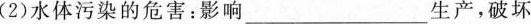
(2)水体污染的危害：影响___生产，破坏